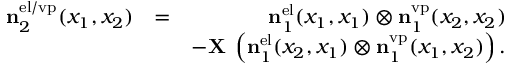
\begin{array} { r l r } { \ensuremath { \mathbf { n } } _ { 2 } ^ { \ensuremath { \mathrm { e l } } / \ensuremath { \mathrm { v p } } } ( x _ { 1 } , x _ { 2 } ) } & { = } & { \ensuremath { \mathbf { n } } _ { 1 } ^ { \ensuremath { \mathrm { e l } } } ( x _ { 1 } , x _ { 1 } ) \otimes \ensuremath { \mathbf { n } } _ { 1 } ^ { \ensuremath { \mathrm { v p } } } ( x _ { 2 } , x _ { 2 } ) } \\ & { } & { - \ensuremath { \mathbf { X } } \; \left( \ensuremath { \mathbf { n } } _ { 1 } ^ { \ensuremath { \mathrm { e l } } } ( x _ { 2 } , x _ { 1 } ) \otimes \ensuremath { \mathbf { n } } _ { 1 } ^ { \ensuremath { \mathrm { v p } } } ( x _ { 1 } , x _ { 2 } ) \right) . } \end{array}